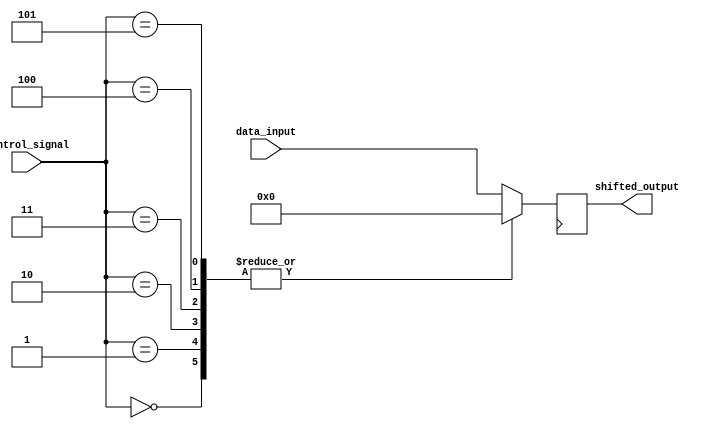
module BarrelShifter(
    input [7:0] data_input,
    input [2:0] control_signal,
    output reg [7:0] shifted_output
);

reg [7:0] shifted_data_1, shifted_data_2, shifted_data_3;

always @(*)
begin
    case (control_signal)
        3'b000: begin
            shifted_data_1 = {data_input[6:0], 1'b0};
            shifted_data_2 = {shifted_data_1[4:0], 2'b00};
            shifted_data_3 = {shifted_data_2[2:0], 3'b000};
        end
        3'b001: begin
            shifted_data_1 = {data_input[5:0], 2'b00};
            shifted_data_2 = {shifted_data_1[3:0], 3'b000};
            shifted_data_3 = {shifted_data_2[1:0], 4'b0000};
        end
        3'b010: begin
            shifted_data_1 = {data_input[4:0], 3'b000};
            shifted_data_2 = {shifted_data_1[2:0], 4'b0000};
            shifted_data_3 = {shifted_data_2[1:0], 5'b00000};
        end
        3'b011: begin
            shifted_data_1 = {data_input[3:0], 4'b0000};
            shifted_data_2 = {shifted_data_1[1:0], 5'b00000};
            shifted_data_3 = {shifted_data_2[0], 6'b000000};
        end
        3'b100: begin
            shifted_data_1 = {data_input[2:0], 5'b00000};
            shifted_data_2 = {shifted_data_1[1:0], 6'b000000};
            shifted_data_3 = {shifted_data_2[0], 7'b0000000};
        end
        3'b101: begin
            shifted_data_1 = {data_input[1:0], 6'b000000};
            shifted_data_2 = {shifted_data_1[0], 7'b0000000};
            shifted_data_3 = {shifted_data_2[0], 7'b0000000};
        end
        default: shifted_data_3 = data_input;
    endcase
end

always @(posedge clk)
begin
    shifted_output <= shifted_data_3;
end

endmodule